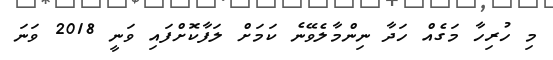
މި ހުރިހާ މަގެއް ހަދާ ނިންމާލެވޭނެ ކަމަށް ލަފާކޮށްފައި ވަނީ 2018 ވަނަ